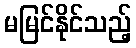
မမြင်နိုင်သည့်